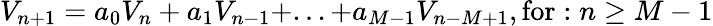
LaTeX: V_{n+1}=a_{0}V_{n}+a_{1}V_{n-1}+...+a_{M-1}V_{n-M+1},\mathrm{for}:n\geq M-1